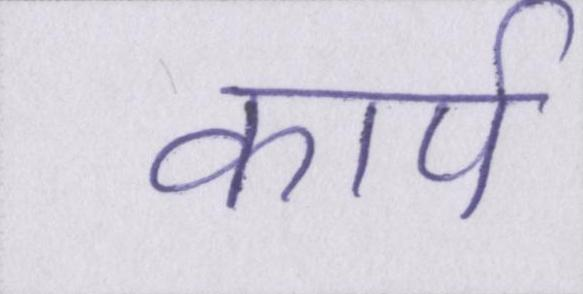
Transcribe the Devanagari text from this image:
कार्प